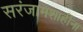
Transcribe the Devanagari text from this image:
सरंजामशाहींना